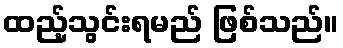
ထည့်သွင်းရမည် ဖြစ်သည်။